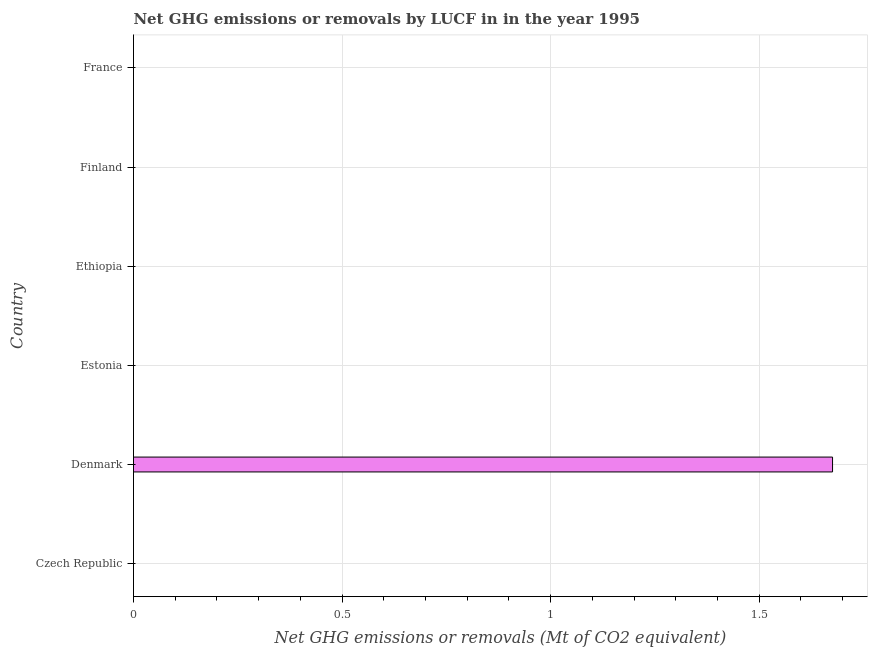
| Country | GHG net emissions or removals |
 | --- | --- |
 | Czech Republic | -7.21 |
 | Denmark | 1.68 |
 | Estonia | -9.46 |
 | Ethiopia | -9.88 |
 | Finland | -13.3 |
 | France | -47.8 |